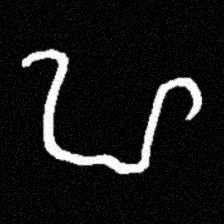
Pyu character \u2014 Myanmar letter: ဟ (romanized: ha)